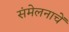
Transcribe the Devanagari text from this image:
संमेलनाचें